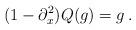
LaTeX: \begin{align*}(1-\partial_x^2) Q(g)=g\,.\end{align*}